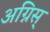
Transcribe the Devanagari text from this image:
अग्निस्